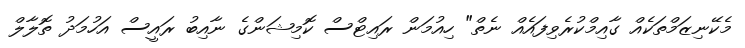
މެކޭނިޒަމްތަކެއް ގާއިމްކުރެވިފައެއް ނެތް" ހިއުމަން ރައިޓްސް ކޮމިޝަންގެ ނާއިބު ރައީސް އަހުމަދު ތޮލާލް